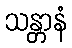
သန္တာနံ